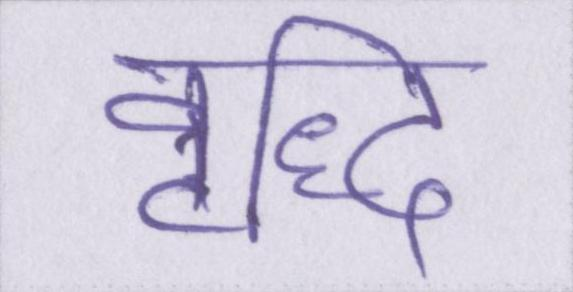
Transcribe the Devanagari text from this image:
वृद्धि